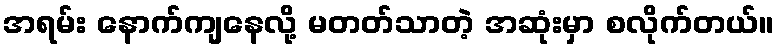
အရမ်း နောက်ကျနေလို့ မတတ်သာတဲ့ အဆုံးမှာ စလိုက်တယ်။